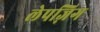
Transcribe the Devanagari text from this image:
लेपज़िग